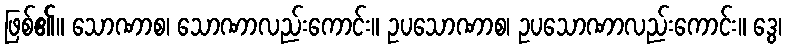
ဖြစ်၏။ သောဏာစ၊ သောဏာလည်းကောင်း။ ဥပသောဏာစ၊ ဥပသောဏာလည်းကောင်း။ ဒွေ၊